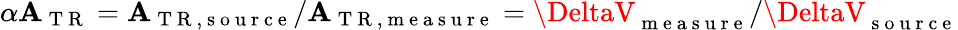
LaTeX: \alpha\mathbf{A}_{\mathrm{{~T~R~}}}=\mathbf{A}_{\mathrm{{~T~R~,~s~o~u~r~c~e~}}}/\mathbf{A}_{\mathrm{{~T~R~,~m~e~a~s~u~r~e~}}}=\DeltaV_{\mathrm{{~m~e~a~s~u~r~e~}}}/\DeltaV_{\mathrm{{~s~o~u~r~c~e~}}}